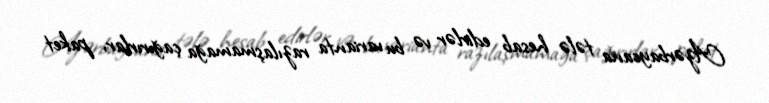
Azərbaycana tələ hesab edirlər və bu varianta razılaşmamağa çağırırlar, paket